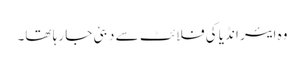
وہ ایئر انڈیا کی فلائٹ سے دبئی جا رہا تھا۔